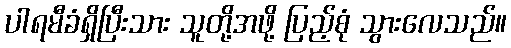
ပါရမီခံရှိပြီးသား သူတို့အဖို့ ပြည့်စုံ သွားလေသည်။